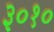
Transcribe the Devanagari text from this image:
३०१०